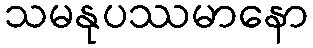
သမနုပဿမာနော